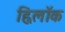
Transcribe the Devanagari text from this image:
ह्विलॉक